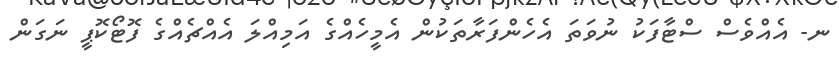
ނ- އެއްވެސް ސްޓާފަކު ނުވަތަ އެހެންފަރާތަކުން އެމީހެއްގެ އަމިއްލަ އެއްޗެއްގެ ފޮޓޯކޮޕީ ނަގަން